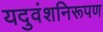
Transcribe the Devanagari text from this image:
यदुवंशनिरूपण